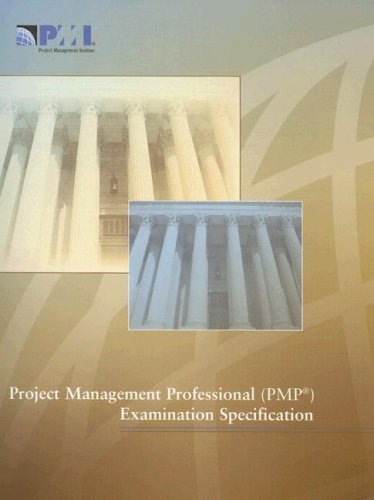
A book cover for Project Management Professional (Pmp) Examination Specification; Project Management Institute; Test Preparation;